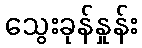
သွေးခုန်နှုန်း